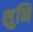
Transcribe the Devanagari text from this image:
शुनि